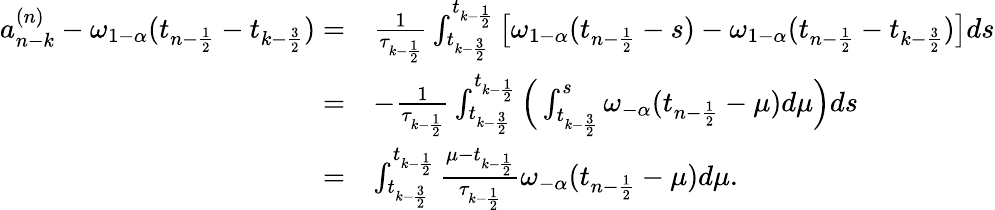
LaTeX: \begin{array}{rl}{a_{n-k}^{(n)}-\omega_{1-\alpha}(t_{n-\frac{1}{2}}-t_{k-\frac{3}{2}})=}&{\frac{1}{\tau_{k-\frac{1}{2}}}\int_{t_{k-\frac{3}{2}}}^{t_{k-\frac{1}{2}}}\big[\omega_{1-\alpha}(t_{n-\frac{1}{2}}-s)-\omega_{1-\alpha}(t_{n-\frac{1}{2}}-t_{k-\frac{3}{2}})\big]ds}\\ {=}&{-\frac{1}{\tau_{k-\frac{1}{2}}}\int_{t_{k-\frac{3}{2}}}^{t_{k-\frac{1}{2}}}\Big(\int_{t_{k-\frac{3}{2}}}^{s}\omega_{-\alpha}(t_{n-\frac{1}{2}}-\mu)d\mu\Big)ds}\\ {=}&{\int_{t_{k-\frac{3}{2}}}^{t_{k-\frac{1}{2}}}\frac{\mu-t_{k-\frac{1}{2}}}{\tau_{k-\frac{1}{2}}}\omega_{-\alpha}(t_{n-\frac{1}{2}}-\mu)d\mu.}\end{array}